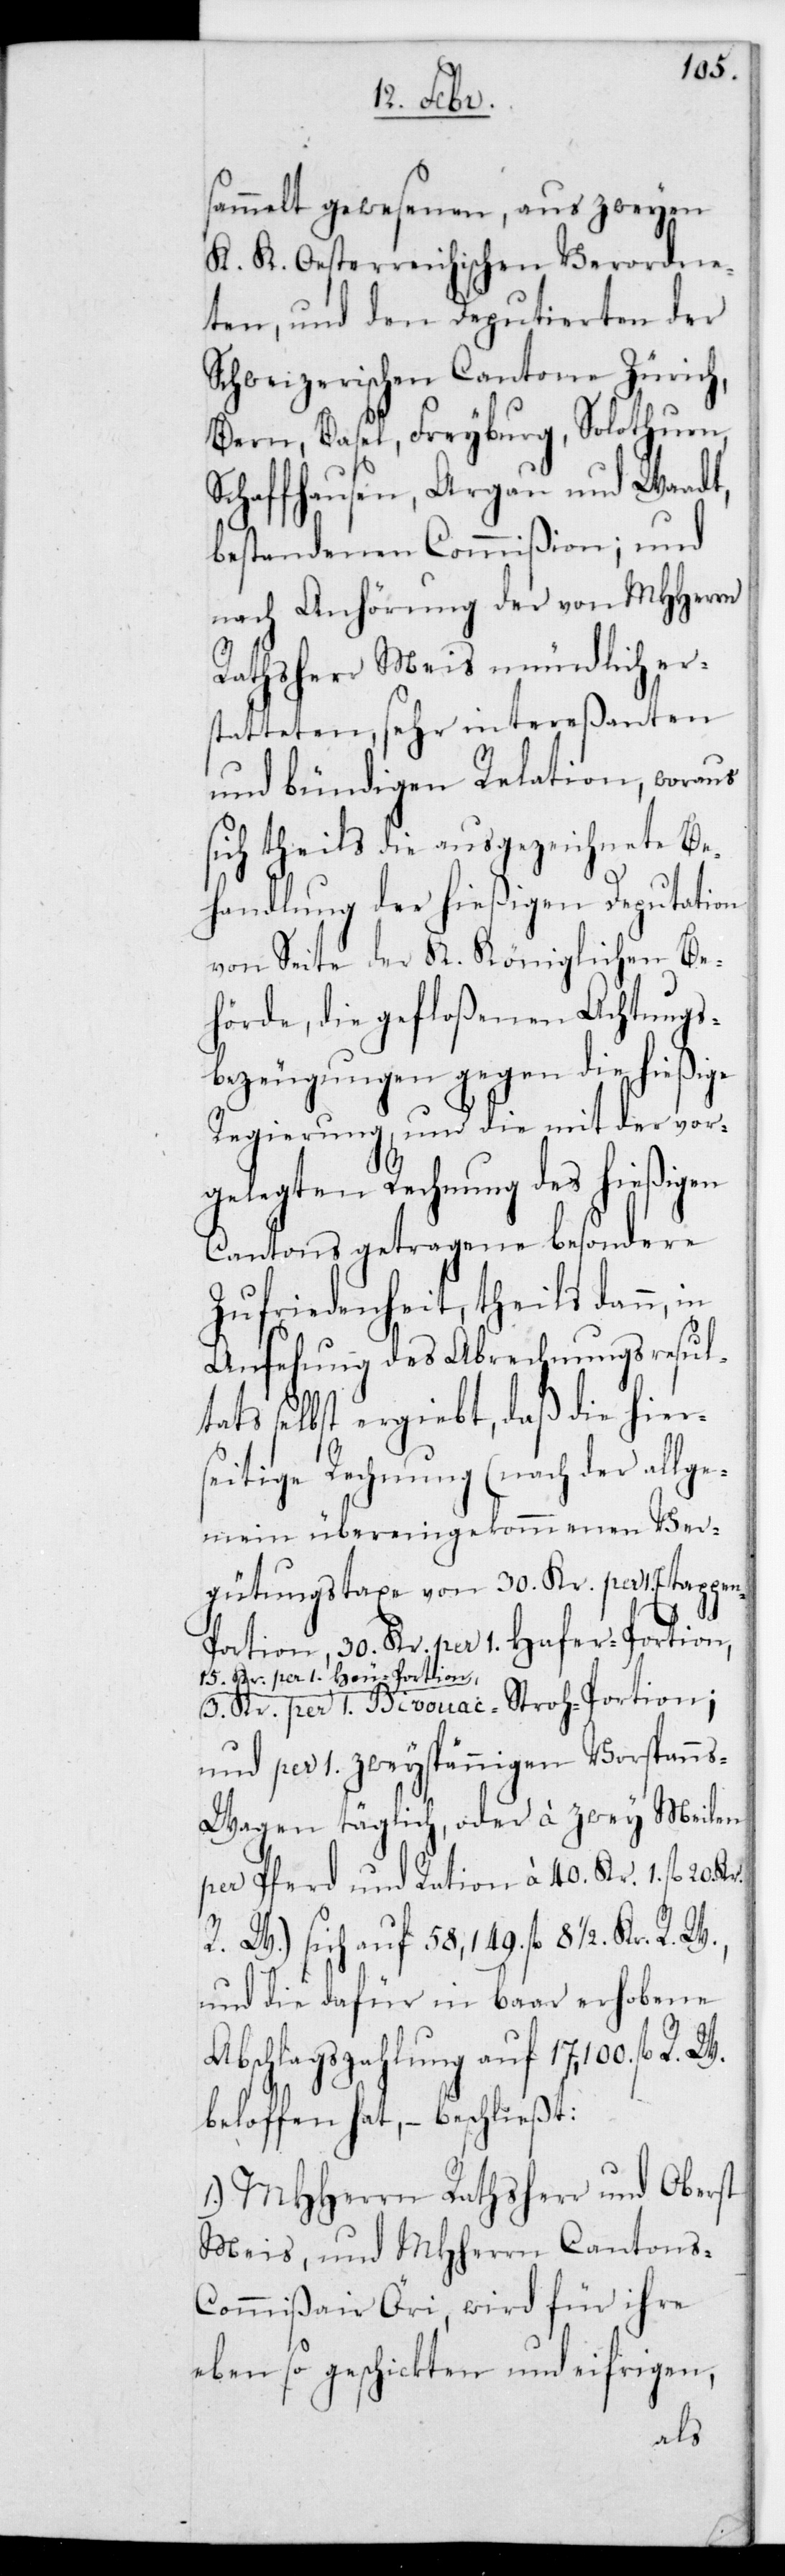
sammelt gewesenen, aus zweyen
K. K. Oesterreichischen Verordne¬
ten, und den Deputierten der
schweizerischen Cantone Zürich,
Bern, Basel, Freyburg, Solothurn,
Schaffhausen, Argau und Waadt,
bestandenen Commißion; und
nach Anhörung der von MHHerrn
Rathsherr Meis mündlich er¬
statteten, sehr intereßanten
und bündigen Relation, woraus
sich theils die ausgezeichnete Be¬
handlung der hießigen Deputation
von Seite der k.-Königlichen Be¬
hörde, die gefloßenen Achtungs¬
bezeugungen gegen die hießige
Regierung, und die mit der vor¬
gelegten Rechnung des hießigen
Cantons getragene besondere
Zufriedenheit, theils dann, in
Ansehung des Abrechnungs-Resul¬
tats selbst ergiebt, daß die hier¬
seitige Rechnung (nach der allge¬
mein übereingekommenen Ver¬
gütungstaxe von 30. Kr. per 1. Etappen-P¬
ortion, 30. Kr. per 1. Hafer-Portion,
a-15. Kr. per 1. Heu-Portion,-a
3. Kr. per 1 Bivouac-Stroh-Portion;
und per 1. zweyspännigen Vorspanns¬
wagen täglich, oder à zwey Meilen
per Pferd und Ration à 40. Kr. 1. fl. 20.
R. W.) sich auf 58,149. fl. 8 1/2. Kr.
und die dafür in baar erhobene
Abschlagszahlung auf 17,100. fl. R.
beloffen hat, – beschließt:
1.) MHHerrn Rathsherr und Oberst
Meis, und MHHerr Canton¬
s-Commißair Öri, wird für ihre
ebenso geschickten und eifrigen,